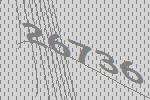
26736